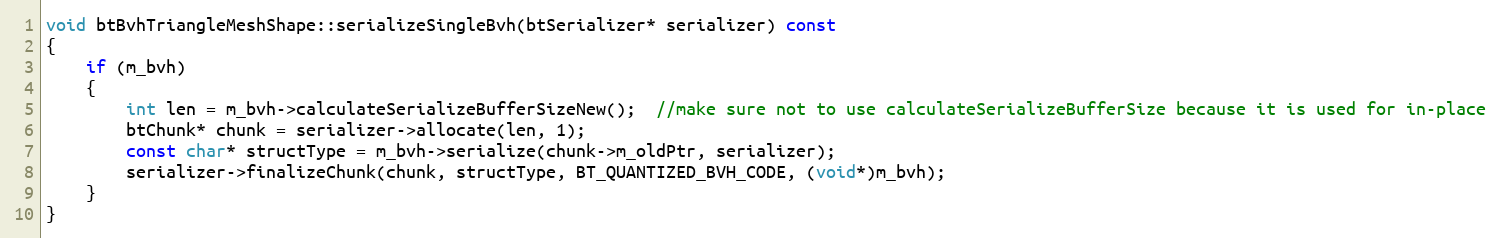
Language: C++
void btBvhTriangleMeshShape::serializeSingleBvh(btSerializer* serializer) const
{
	if (m_bvh)
	{
		int len = m_bvh->calculateSerializeBufferSizeNew();  //make sure not to use calculateSerializeBufferSize because it is used for in-place
		btChunk* chunk = serializer->allocate(len, 1);
		const char* structType = m_bvh->serialize(chunk->m_oldPtr, serializer);
		serializer->finalizeChunk(chunk, structType, BT_QUANTIZED_BVH_CODE, (void*)m_bvh);
	}
}